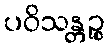
ပဝိသန္တဉ္စ